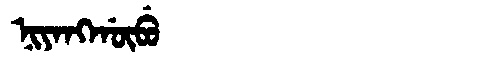
Manchu: ᠨᡳᠶᠠᠩᡤᡡᠪᡠ
Romanization: NIYANGGŪBU